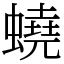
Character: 蟯